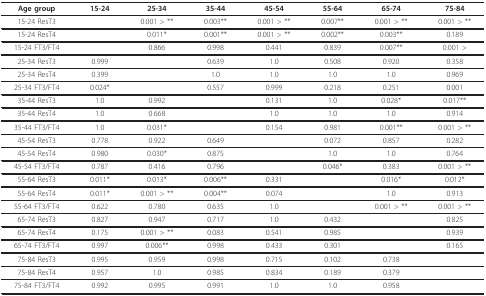
<table><thead><tr><td><b>Age group</b></td><td><b>15-24</b></td><td><b>25-34</b></td><td><b>35-44</b></td><td><b>45-54</b></td><td><b>55-64</b></td><td><b>65-74</b></td><td><b>75-84</b></td></tr></thead><tbody><tr><td>15-24 ResT3</td><td></td><td>0.001 &gt; **</td><td>0.003**</td><td>0.001 &gt; **</td><td>0.007**</td><td>0.001 &gt; **</td><td>0.001 &gt; **</td></tr><tr><td>15-24 ResT4</td><td></td><td>0.011*</td><td>0.001**</td><td>0.001 &gt; **</td><td>0.002**</td><td>0.003**</td><td>0.189</td></tr><tr><td>15-24 FT3/FT4</td><td></td><td>0.866</td><td>0.998</td><td>0.441</td><td>0.839</td><td>0.007**</td><td>0.001 &gt;</td></tr><tr><td>25-34 ResT3</td><td>0.999</td><td></td><td>0.639</td><td>1.0</td><td>0.508</td><td>0.920</td><td>0.358</td></tr><tr><td>25-34 ResT4</td><td>0.399</td><td></td><td>1.0</td><td>1.0</td><td>1.0</td><td>1.0</td><td>0.969</td></tr><tr><td>25-34 FT3/FT4</td><td>0.024*</td><td></td><td>0.557</td><td>0.999</td><td>0.218</td><td>0.251</td><td>0.001</td></tr><tr><td>35-44 ResT3</td><td>1.0</td><td>0.992</td><td></td><td>0.131</td><td>1.0</td><td>0.028*</td><td>0.017**</td></tr><tr><td>35-44 ResT4</td><td>1.0</td><td>0.668</td><td></td><td>1.0</td><td>1.0</td><td>1.0</td><td>0.914</td></tr><tr><td>35-44 FT3/FT4</td><td>1.0</td><td>0.031*</td><td></td><td>0.154</td><td>0.981</td><td>0.001**</td><td>0.001 &gt; **</td></tr><tr><td>45-54 ResT3</td><td>0.778</td><td>0.922</td><td>0.649</td><td></td><td>0.072</td><td>0.857</td><td>0.282</td></tr><tr><td>45-54 ResT4</td><td>0.980</td><td>0.030*</td><td>0.875</td><td></td><td>1.0</td><td>1.0</td><td>0.764</td></tr><tr><td>45-54 FT3/FT4</td><td>0.787</td><td>0.416</td><td>0.796</td><td></td><td>0.046*</td><td>0.383</td><td>0.001 &gt; **</td></tr><tr><td>55-64 ResT3</td><td>0.011*</td><td>0.013*</td><td>0.006**</td><td>0.331</td><td></td><td>0.016*</td><td>0.012*</td></tr><tr><td>55-64 ResT4</td><td>0.011*</td><td>0.001 &gt; **</td><td>0.004**</td><td>0.074</td><td></td><td>1.0</td><td>0.913</td></tr><tr><td>55-64 FT3/FT4</td><td>0.622</td><td>0.780</td><td>0.635</td><td>1.0</td><td></td><td>0.001 &gt; **</td><td>0.001 &gt; **</td></tr><tr><td>65-74 ResT3</td><td>0.827</td><td>0.947</td><td>0.717</td><td>1.0</td><td>0.432</td><td></td><td>0.825</td></tr><tr><td>65-74 ResT4</td><td>0.175</td><td>0.001 &gt; **</td><td>0.083</td><td>0.541</td><td>0.985</td><td></td><td>0.939</td></tr><tr><td>65-74 FT3/FT4</td><td>0.997</td><td>0.006**</td><td>0.998</td><td>0.433</td><td>0.301</td><td></td><td>0.165</td></tr><tr><td>75-84 ResT3</td><td>0.995</td><td>0.959</td><td>0.998</td><td>0.715</td><td>0.102</td><td>0.738</td><td></td></tr><tr><td>75-84 ResT4</td><td>0.957</td><td>1.0</td><td>0.985</td><td>0.834</td><td>0.189</td><td>0.379</td><td></td></tr><tr><td>75-84 FT3/FT4</td><td>0.992</td><td>0.995</td><td>0.991</td><td>1.0</td><td>1.0</td><td>0.958</td><td></td></tr></tbody></table>